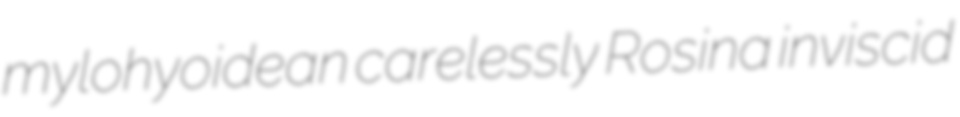
mylohyoidean carelessly Rosina inviscid